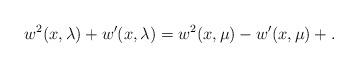
LaTeX: \begin{align*} w^2(x,\lambda) + w^\prime(x,\lambda) = w^2(x,\mu) - w^\prime(x,\mu) +.\end{align*}